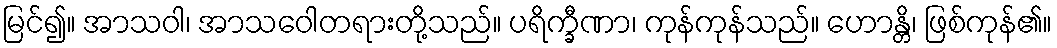
မြင်၍။ အာသဝါ၊ အာသဝေါတရားတို့သည်။ ပရိက္ခီဏာ၊ ကုန်ကုန်သည်။ ဟောန္တိ၊ ဖြစ်ကုန်၏။